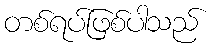
တစ်ရပ်ဖြစ်ပါသည်